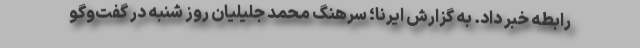
رابطه خبر داد. به گزارش ایرنا؛ سرهنگ محمد جلیلیان روز شنبه در گفت‌وگو